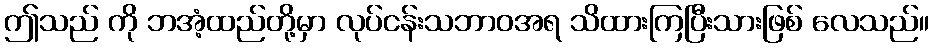
ဤသည် ကို ဘအံ့ထည်တို့မှာ လုပ်ငန်းသဘာဝအရ သိထားကြပြီးသားဖြစ် လေသည်။